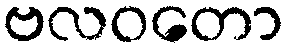
ဗလဝတော